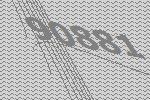
90881